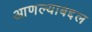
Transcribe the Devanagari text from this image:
आणल्याबद्दल